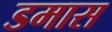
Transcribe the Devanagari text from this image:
डमास